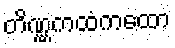
တိဏ္ဏကထံကထော